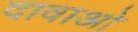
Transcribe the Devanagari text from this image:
दावाओ